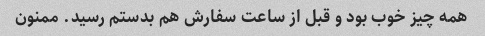
همه چیز خوب بود و قبل از ساعت سفارش هم بدستم رسید. ممنون